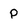
Character: P